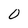
Character: 0